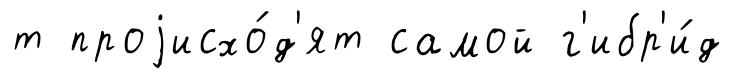
т проjисхо́д'ят самой г'ибр'и́д